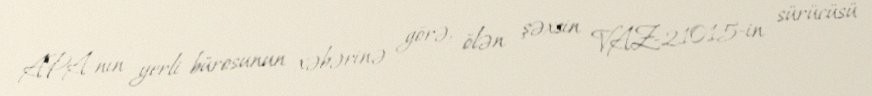
APA-nın yerli bürosunun xəbərinə görə, ölən şəxsin VAZ-21015-in sürücüsü